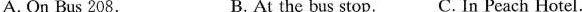
A. On Bus 208. B. At the busstopC. In Peach Hotel.